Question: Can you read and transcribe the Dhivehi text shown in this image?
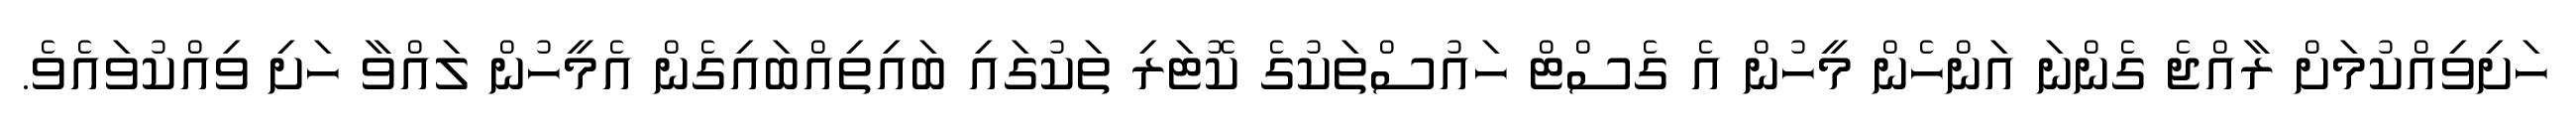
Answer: ހަށިވިއްކުމަށް ރާއްޖެ ގެންނަ އަންހެން މީހުން އެ ގެސްޓް ހައުސްތަކުގެ ކޮޓަރި ތަކުގައި ބައިތިއްބައިގެން އެމީހުން ލައްވާ ހަށި ވިއްކުވައެވެ.